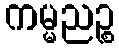
ကမ္မညဉ္စ